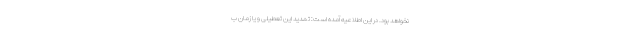
نخواهد بود. در این اطلاعیه آمده است: تمدید این تعطیلی و یا زمان ب